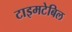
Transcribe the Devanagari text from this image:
टाइमटेबिल